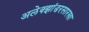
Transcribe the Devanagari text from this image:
अलेक्झांडरसारखा